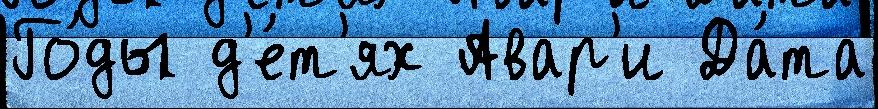
Го́ды д'е́т'ях Авар'и Да́та